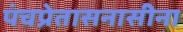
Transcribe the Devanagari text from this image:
पंचप्रेतासनासीना